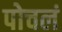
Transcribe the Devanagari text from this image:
पोचलं